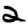
Digit: 2